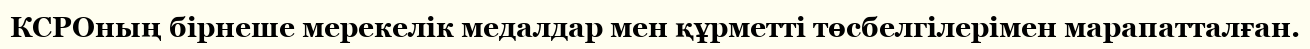
КСРОның бірнеше мерекелік медалдар мен құрметті төсбелгілерімен марапатталған.